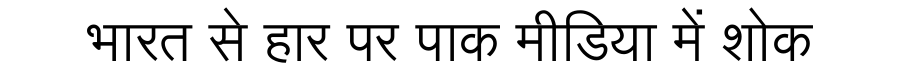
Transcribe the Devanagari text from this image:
भारत से हार पर पाक मीडिया में शोक